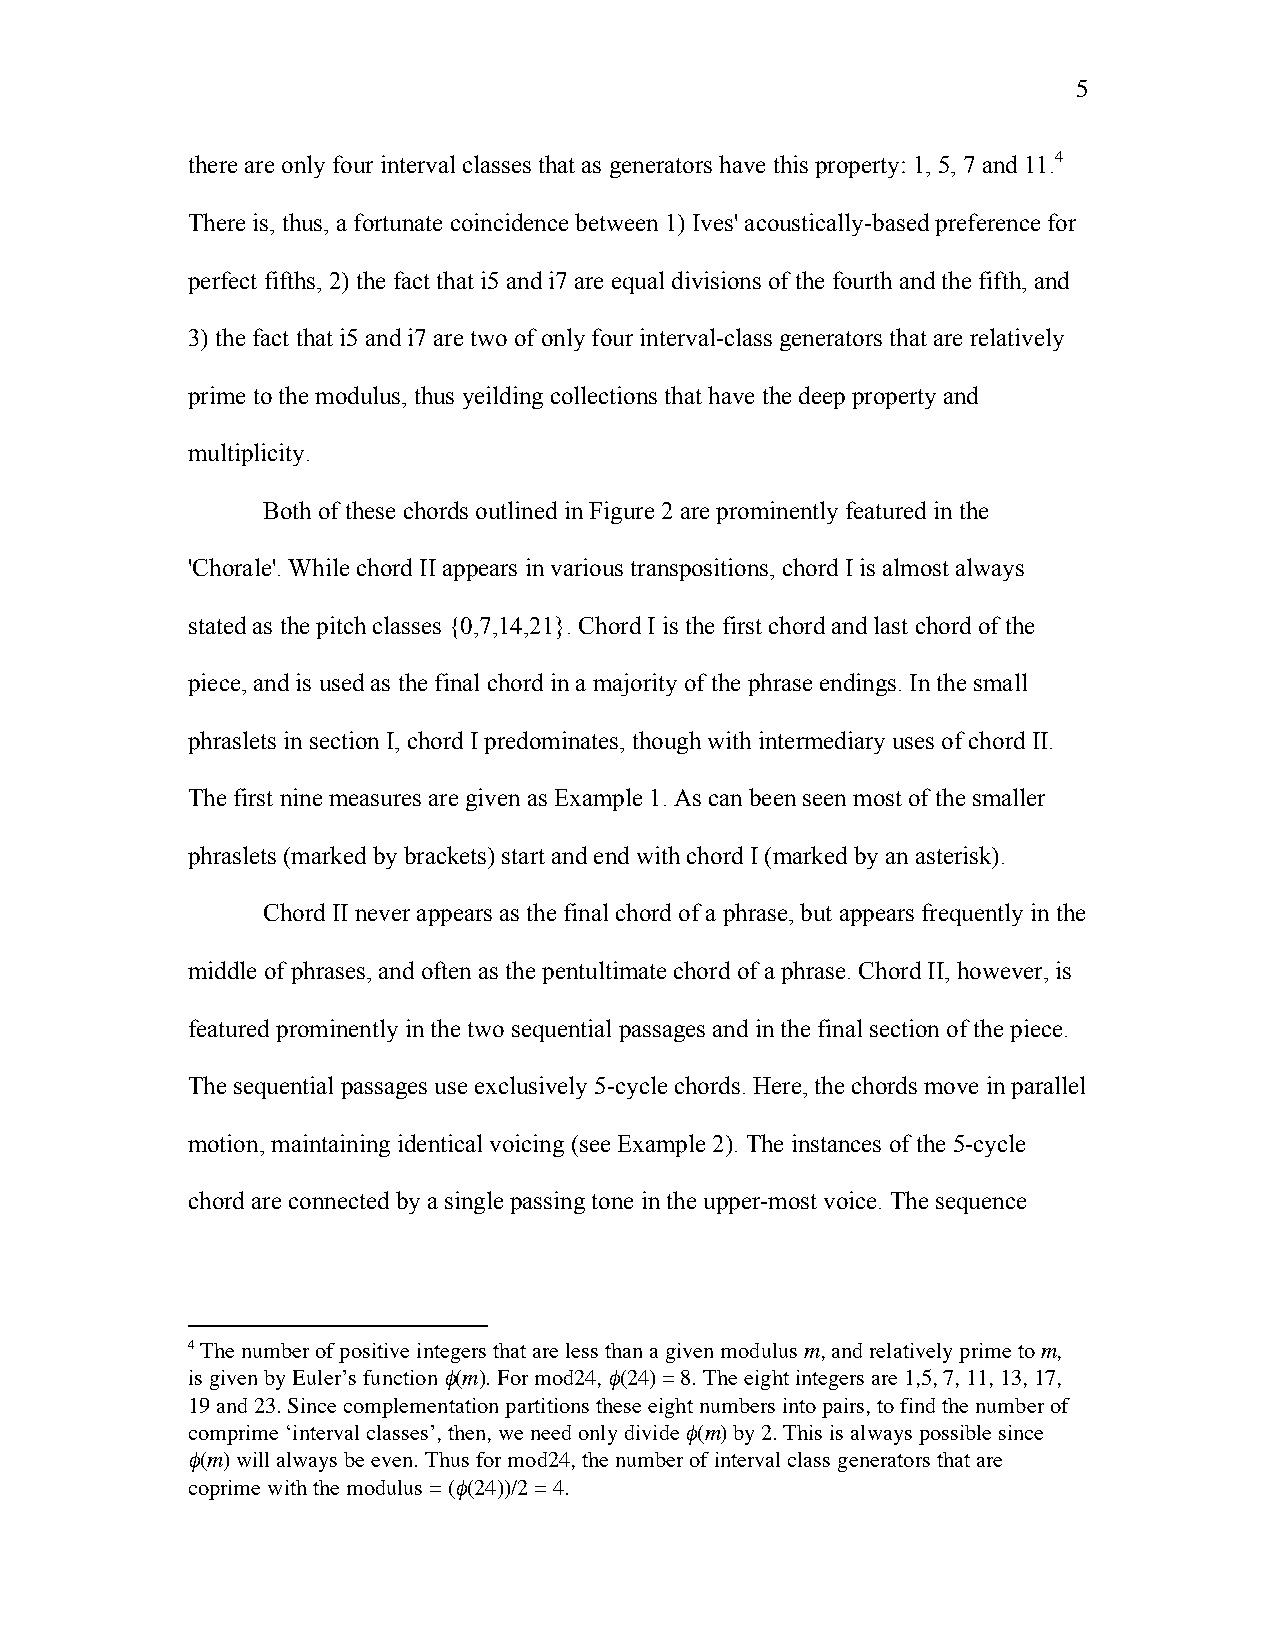
5
 there are only four interval classes that as generators have this property: 1, 5, 7 and 11.4
 There is, thus, a fortunate coincidence between 1) Ives' acoustically-based preference for
 perfect fifths, 2) the fact that i5 and i7 are equal divisions of the fourth and the fifth, and
 3) the fact that i5 and i7 are two of only four interval-class generators that are relatively
 prime to the modulus, thus yeilding collections that have the deep property and
 multiplicity.
 Both of these chords outlined in Figure 2 are prominently featured in the
 'Chorale'. While chord II appears in various transpositions, chord I is almost always
 stated as the pitch classes {0,7,14,21}. Chord I is the first chord and last chord of the
 piece, and is used as the final chord in a majority of the phrase endings. In the small
 phraslets in section I, chord I predominates, though with intermediary uses of chord II.
 The first nine measures are given as Example 1. As can been seen most of the smaller
 phraslets (marked by brackets) start and end with chord I (marked by an asterisk).
 Chord II never appears as the final chord of a phrase, but appears frequently in the
 middle of phrases, and often as the pentultimate chord of a phrase. Chord II, however, is
 featured prominently in the two sequential passages and in the final section of the piece.
 The sequential passages use exclusively 5-cycle chords. Here, the chords move in parallel
 motion, maintaining identical voicing (see Example 2). The instances of the 5-cycle
 chord are connected by a single passing tone in the upper-most voice. The sequence
 4 The number of positive integers that are less than a given modulus m, and relatively prime to m,
 is given by Euler’s function φ(m). For mod24, φ(24) = 8. The eight integers are 1,5, 7, 11, 13, 17,
 19 and 23. Since complementation partitions these eight numbers into pairs, to find the number of
 comprime ‘interval classes’, then, we need only divide φ(m) by 2. This is always possible since
 φ(m) will always be even. Thus for mod24, the number of interval class generators that are
 coprime with the modulus = (φ(24))/2 = 4.